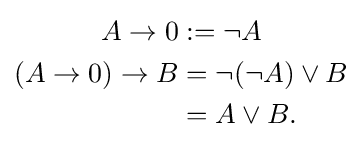
{\begin{aligned}A\rightarrow 0&:=\neg A\\(A\rightarrow 0)\rightarrow B&=\neg (\neg A)\lor B\\&=A\lor B.\end{aligned}}